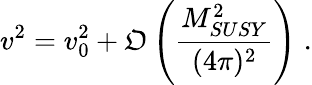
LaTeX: v^{2}=v_{0}^{2}+\mathfrak{O}\left(\frac{{M_{SUSY}^{2}}}{{(4\pi)^{2}}}\right)\; .